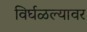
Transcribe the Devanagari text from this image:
विर्घळल्यावर